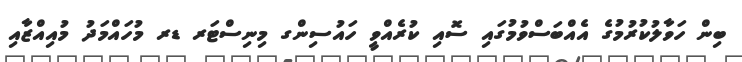
ބިން ހަވާލުކުރުމުގެ އެއްބަސްވުމުގައި ސޮއި ކުރެއްވީ ހައުސިންގ މިނިސްޓަރ ޑރ މުހައްމަދު މުއިއްޒާއި